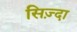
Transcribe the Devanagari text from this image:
सिज़्दा